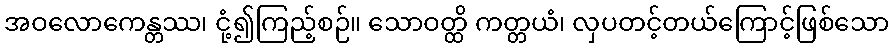
အဝလောကေန္တဿ၊ ငုံ့၍ကြည့်စဉ်။ သောဝတ္ထိ ကတ္တယံ၊ လှပတင့်တယ်ကြောင့်ဖြစ်သော